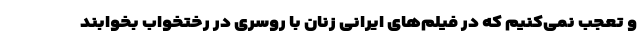
و تعجب نمی‌کنیم که در فیلم‌های ایرانی زنان با روسری در رختخواب بخوابند